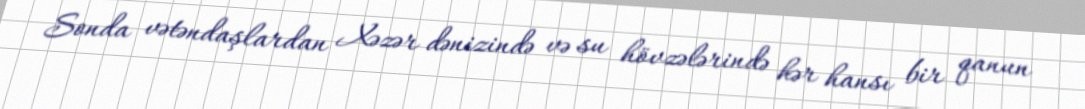
Sonda vətəndaşlardan Xəzər dənizində və su hövzələrində hər hansı bir qanun